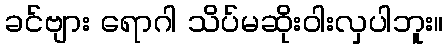
ခင်ဗျား ရောဂါ သိပ်မဆိုးဝါးလှပါဘူး။